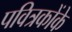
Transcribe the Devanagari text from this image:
पवित्रकोंके